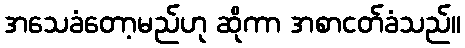
အသေခံတော့မည်ဟု ဆိုကာ အစာငတ်ခံသည်။